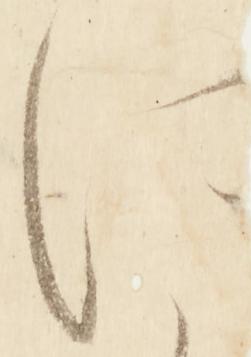
に